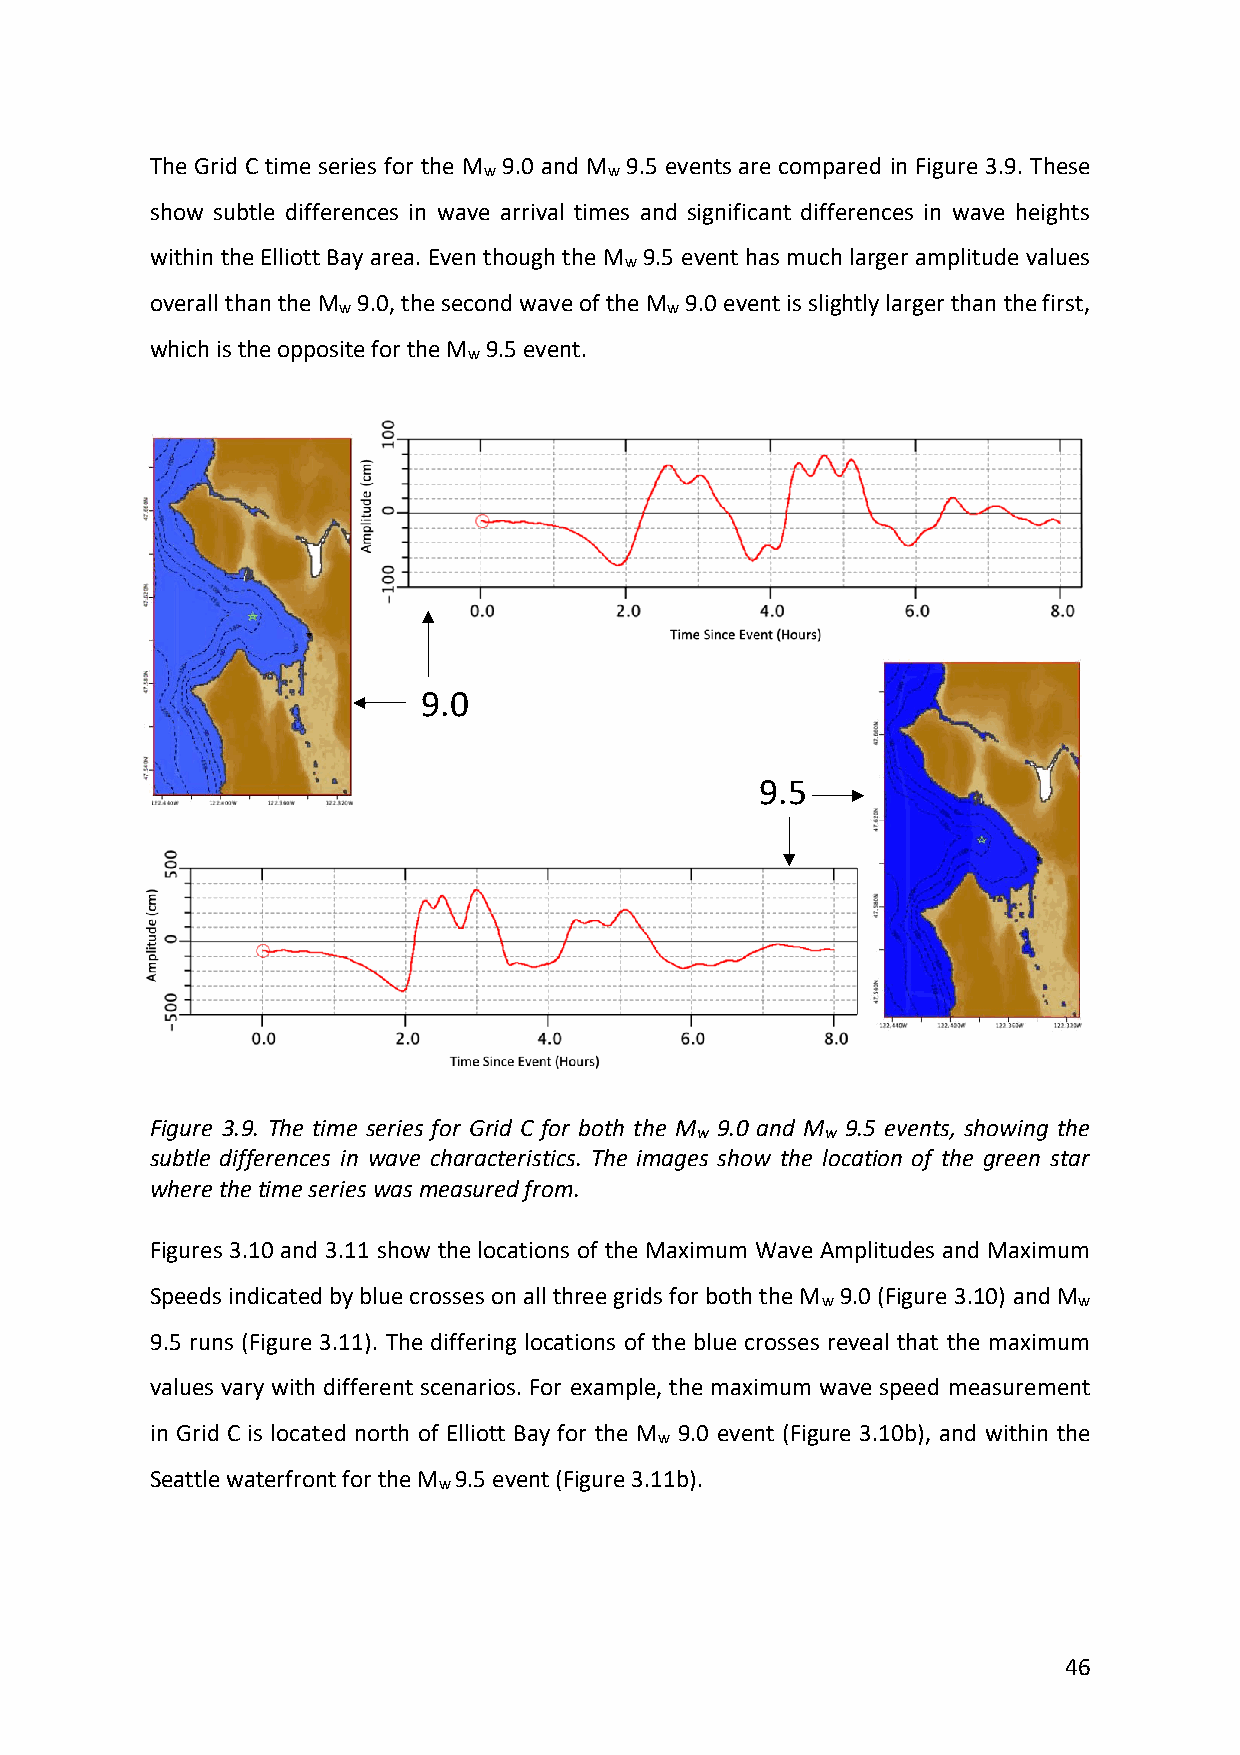
The Grid C time series for the M 9.0 and M 9.5 events are compared in Figure 3.9. These
 w       w
 show subtle differences in wave arrival times and significant differences in wave heights
 within the Elliott Bay area. Even though the M 9.5 event has much larger amplitude values
 w
 overall than the M 9.0, the second wave of the M 9.0 event is slightly larger than the first,
 w                     w
 which is the opposite for the M 9.5 event.
 w
 9.0
 9.5
 Figure 3.9. The time series for Grid C for both the M 9.0 and M 9.5 events, showing the
 w        w
 subtle differences in wave characteristics. The images show the location of the green star
 where the time series was measured from.
 Figures 3.10 and 3.11 show the locations of the Maximum Wave Amplitudes and Maximum
 Speeds indicated by blue crosses on all three grids for both the M 9.0 (Figure 3.10) and M
 w                w
 9.5 runs (Figure 3.11). The differing locations of the blue crosses reveal that the maximum
 values vary with different scenarios. For example, the maximum wave speed measurement
 in Grid C is located north of Elliott Bay for the M 9.0 event (Figure 3.10b), and within the
 w
 Seattle waterfront for the M 9.5 event (Figure 3.11b).
 w
 46